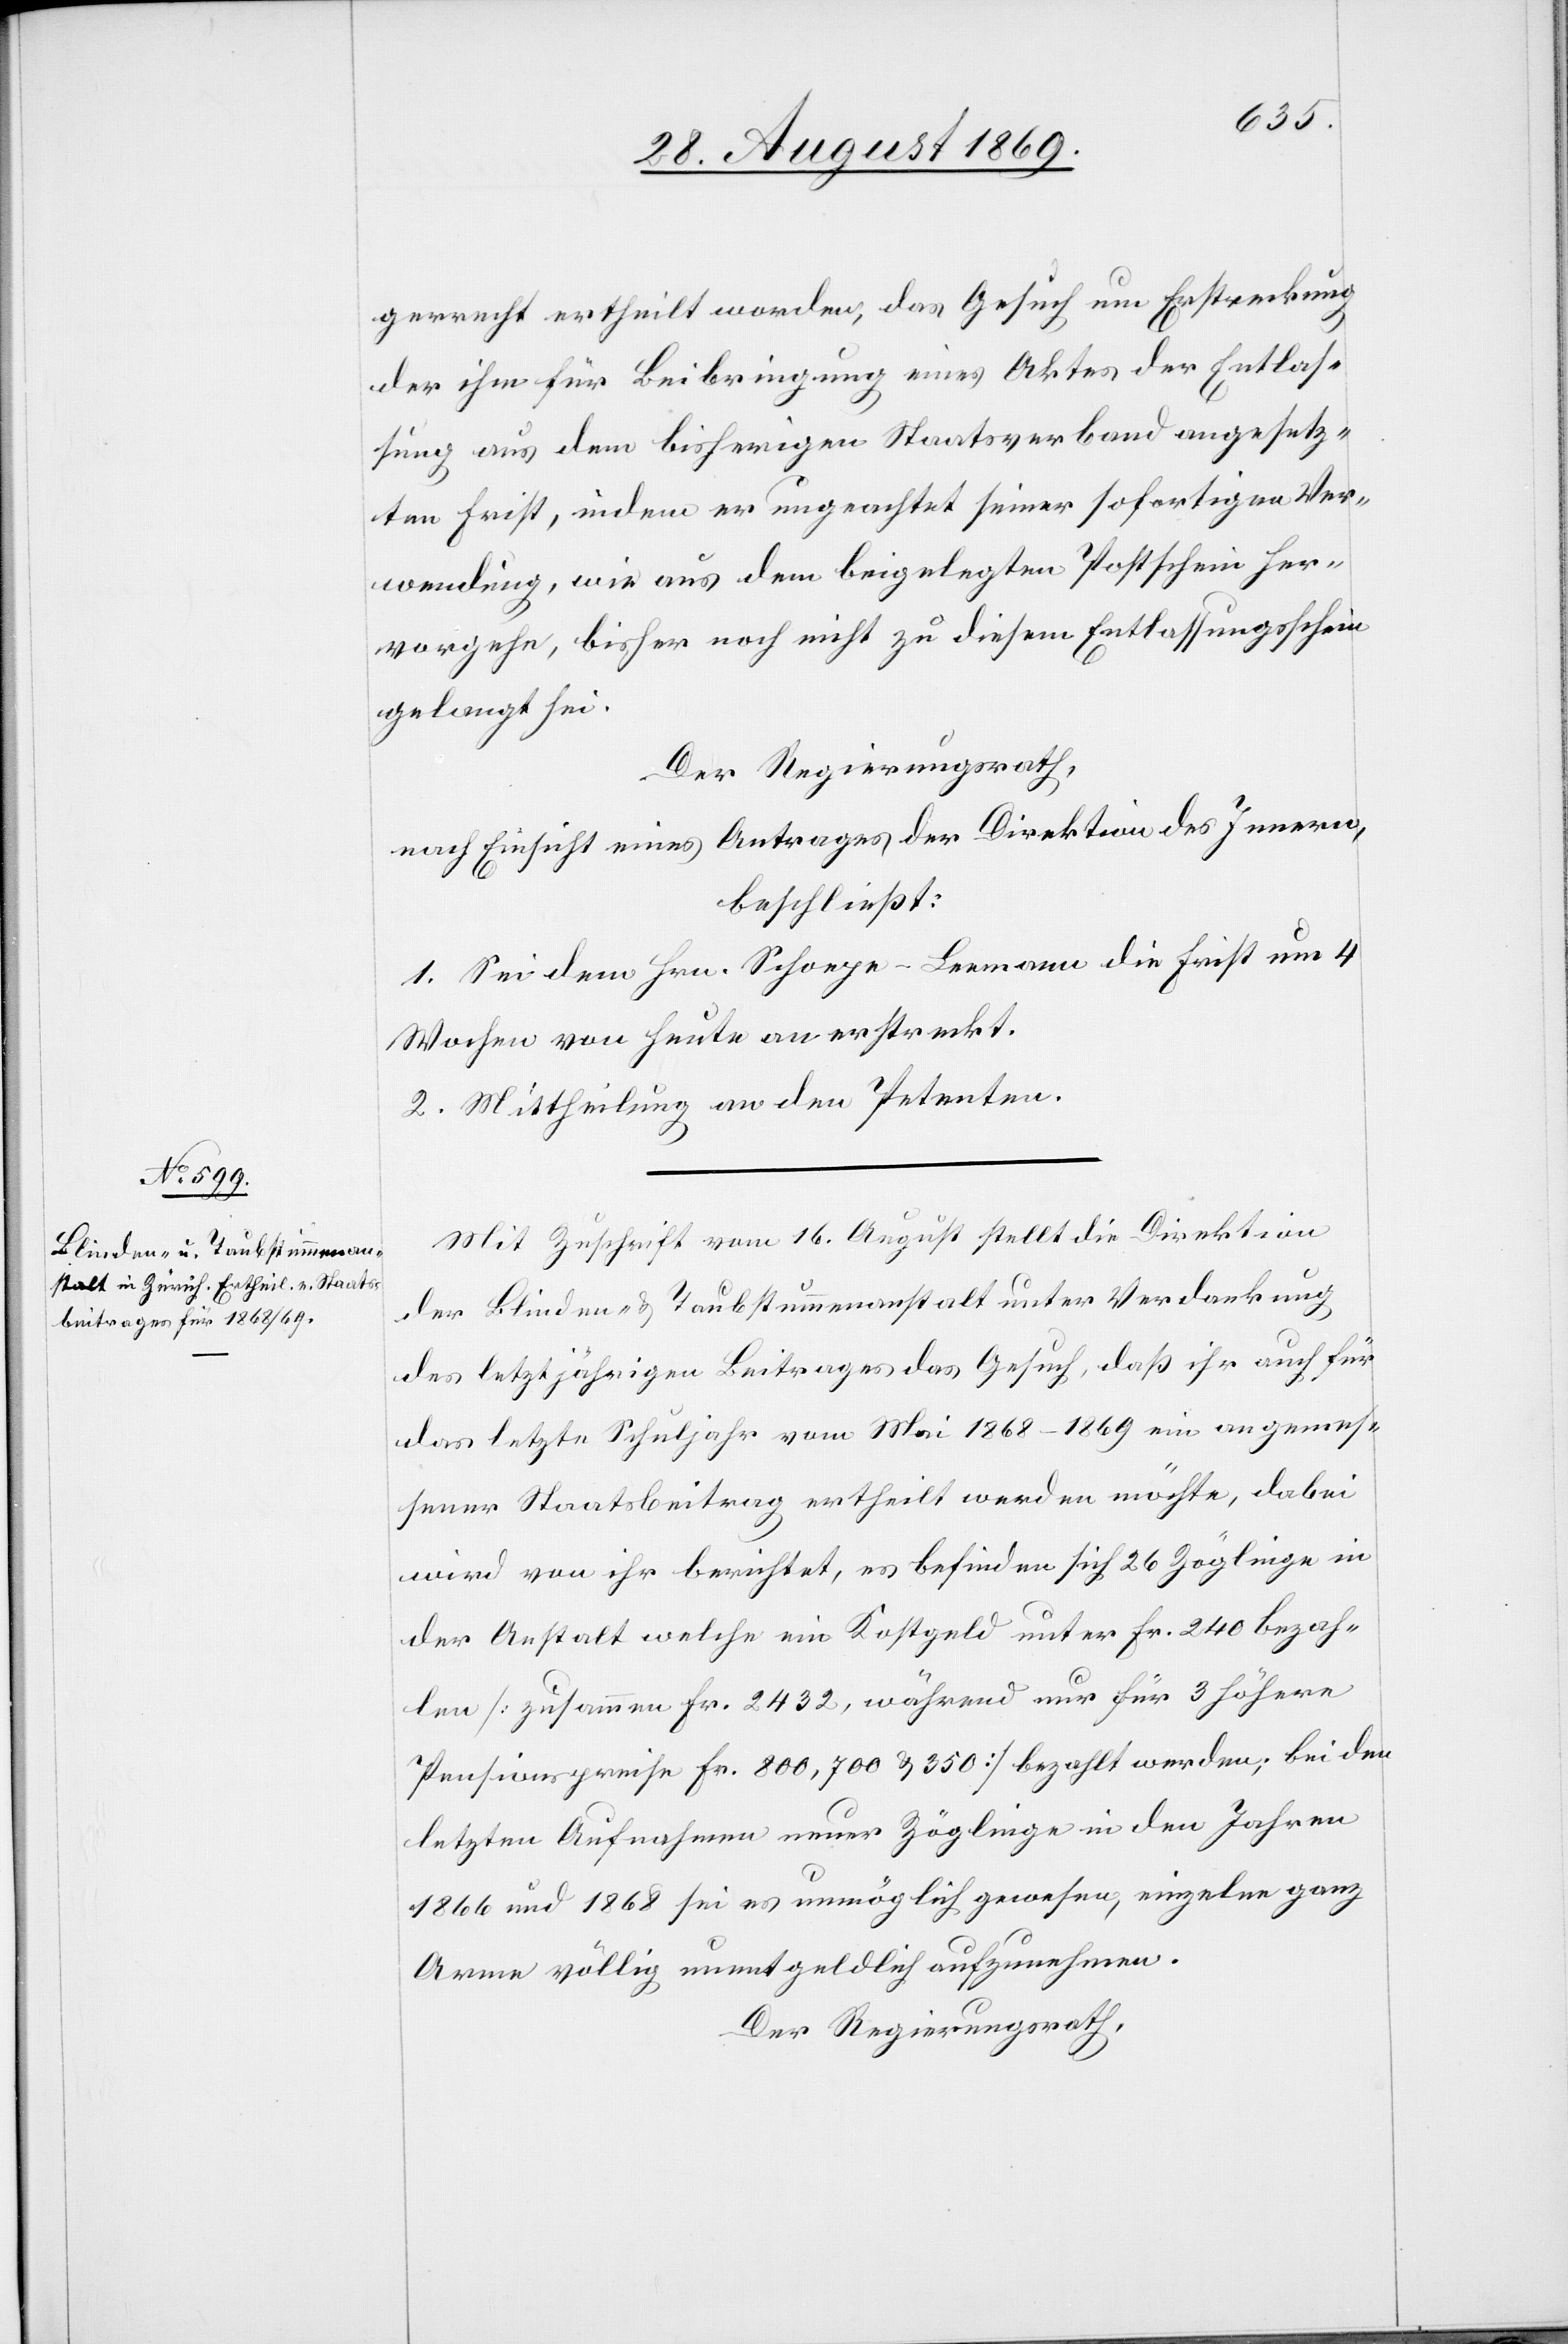
gerrecht ertheilt worden, das Gesuch um Erstreckung
der ihm für Beibringung eines Aktes der Entlas¬
sung aus dem bisherigen Staatsverband angesetz¬
ten Frist, indem er ungeachtet seiner sofortigen Ver¬
wendung, wie aus dem beigelegten Postschein her¬
vorgehe, bisher noch nicht zu diesem Entlassungsschein
gelangt sei.
Der Regierungsrath,
nach Einsicht eines Antrages der Direktion des Innern,
beschließt:
1. Sei dem Hrn. Schoepe-Leemann die Frist um 4
Wochen von heute an erstreckt.
2. Mittheilung an den Petenten.
Mit Zuschrift vom 16. August stellt die Direktion
der Blinden- & Taubstummenanstalt unter Verdankung
des letztjährigen Beitrages das Gesuch, daß ihr auch für
das letzte Schuljahr vom Mai 1868–1869 ein angemes¬
sener Staatsbeitrag ertheilt werden möchte, dabei
wird von ihr berichtet, es befinden sich 26 Zöglinge in
der Anstalt welche ein Kostgeld unter Fr. 240 bezah¬
len [zusammen Fr. 2432, während nur für 3 höhere
Pensionspreise Fr. 800, 700 & 350] bezahlt werden; bei den
letzten Aufnahmen neuer Zöglinge in den Jahren
1866 und 1868 sei es unmöglich gewesen, einzelne ganz
Arme völlig unentgeldlich aufzunehmen.
Der Regierungsrath,